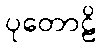
ပုတောဠိ